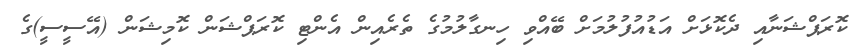
ކޮރަޕްޝަނާއި ދެކޮޅަށް އަޑުއުފުލުމަށް ބޭއްވި ހިނގާލުމުގެ ތެރެއިން އެންޓި ކޮރަޕްޝަން ކޮމިޝަން (އޭސީސީ)ގެ